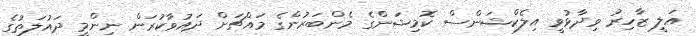
އަލީ ޒާހިރު ވިދާޅުވީ އިލެކްޝަންސް ކޮމިޝަންގެ މެންބަރުންގެ މައްޗަށް ދައުވާކުރަން ނިންމީ ދައުލަތުގެ